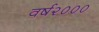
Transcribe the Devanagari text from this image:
वर्ष२०००